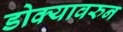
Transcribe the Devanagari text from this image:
डोक्यावरुन